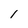
Character: 1